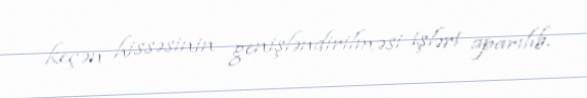
keçən hissəsinin genişləndirilməsi işləri aparılıb.